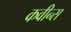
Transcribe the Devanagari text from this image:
कवीन्स